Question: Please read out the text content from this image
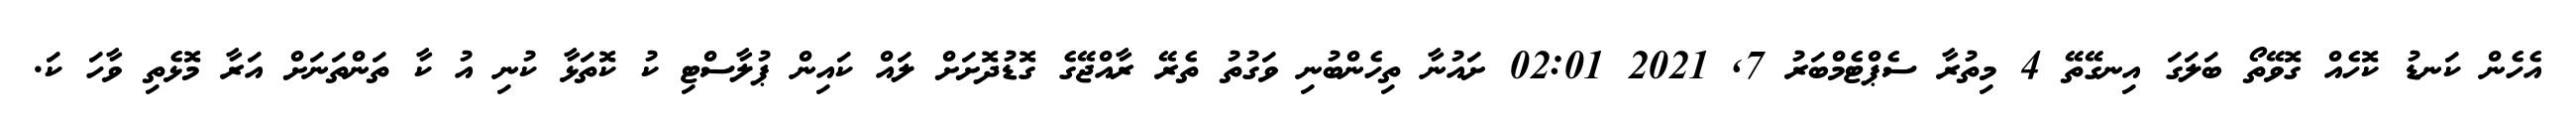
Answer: އެހެން ކަނޑު ކޮހެއް ގޮވޭތޯ ބަލަގަ އިނގޭތޭ 4 މިތުރާ ސެޕްޓެމްބަރު 7, 2021 02:01 ށައުނާ ތިހެންބުނި ވަގުތު ތެރޭ ރާއްޖޭގެ ގޮޑުދޮށަށް ލައް ކައިން ޕުލާސްޓި ކު ކޮތަޅާ ކުނި އު ކާ ތަންތަނަށް އަރާ މޮޅެތި ވާހަ ކަ.